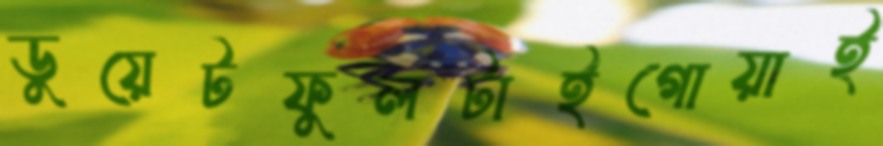
ডুয়েটফুলটাইগোয়াই